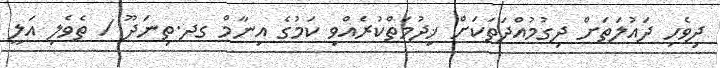
ދިވެހި ދައުލަތަށް ދިގުމުއްދަތަކަށް ޚިދުމަތްކުރެއްވި ކަމުގެ އިނާމް ގދ.ތިނަދޫ / ތެވެލި އަލީ